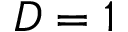
D = 1